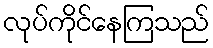
လုပ်ကိုင်နေကြသည်